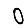
Digit: 0